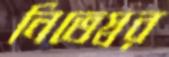
নিতেস্বর